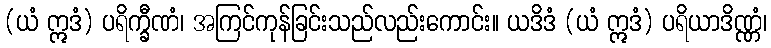
(ယံ ဣဒံ) ပရိက္ခီဏံ၊ အကြင်ကုန်ခြင်းသည်လည်းကောင်း။ ယဒိဒံ (ယံ ဣဒံ) ပရိယာဒိဏ္ဏံ၊